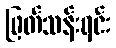
ဖြတ်သန်းရင်း